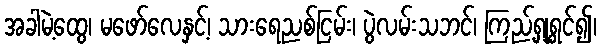
အခါမဲ့ထွေ၊ မဖော်လေနှင့်၊ သားရေညစ်ငြမ်း၊ ပွဲလမ်းသဘင်၊ ကြည့်ရှုရွှင်၍၊